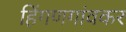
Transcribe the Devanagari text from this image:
हिंगणगांवकर